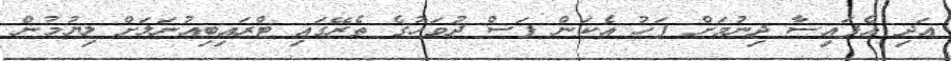
އަދި އެފައިސާ ދިނުމަށް ފަހު އެކަން ފަސް ދުވަހުގެ ތެރޭގައި ޓްރައިބިއުނަލަށް ލިޔުމުން